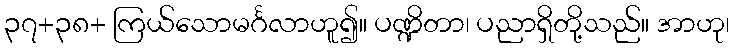
၃၇+၃၈+ ကြယ်သောမင်္ဂလာဟူ၍။ ပဏ္ဍိတာ၊ ပညာရှိတို့သည်။ အာဟု၊